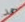
حمد